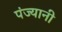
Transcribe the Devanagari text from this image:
पंज्यानी